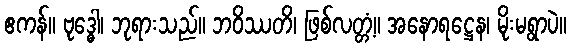
ဧကန်။ ဗုဒ္ဓေါ၊ ဘုရားသည်။ ဘဝိဿတိ၊ ဖြစ်လတ္တံ့။ အနောရဋ္ဌေန၊ မိုးမရွာပဲ။